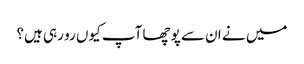
میں نے ان سے پوچھا آپ کیوں رو رہی ہیں؟